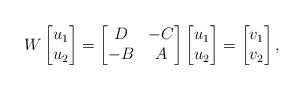
LaTeX: \begin{align*}W\begin{bmatrix}u_1 \\ u_2\end{bmatrix}=\begin{bmatrix}D & -C \\ -B & A\end{bmatrix}\begin{bmatrix}u_1 \\ u_2 \end{bmatrix}=\begin{bmatrix}v_1 \\ v_2\end{bmatrix},\end{align*}